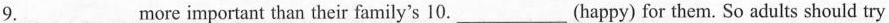
9.___more important than their family's 10._(happy) for them. So adults should try